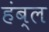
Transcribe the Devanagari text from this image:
हंब्ल